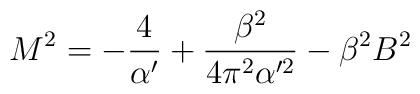
M^2=-\frac{4}{\alpha '}+\frac{\beta ^2}{4\pi ^2 \alpha '^2} -\beta ^2 B^2